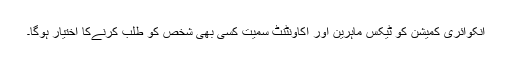
انکوائری کمیشن کو ٹیکس ماہرین اور اکاونٹنٹ سمیت کسی بھی شخص کو طلب کرنےکا اختیار ہوگا۔